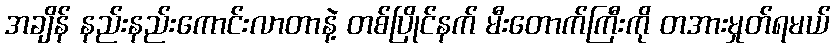
အချိန် နည်းနည်းကောင်းလာတာနဲ့ တစ်ပြိုင်နက် မီးတောက်ကြီးကို တအားမှုတ်ရမယ်